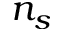
n _ { s }